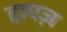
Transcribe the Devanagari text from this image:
हाएज़